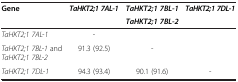
| <ROWSPAN=2> Gene | <ROWSPAN=2> TaHKT2;1 7AL-1 | TaHKT2;1 7BL-1 | <ROWSPAN=2> TaHKT2;1 7DL-1 |
 | TaHKT2;1 7BL-2 |
 | --- | --- | --- | --- |
 | TaHKT2;1 7AL-1 | - |  |  |
 | TaHKT2;1 7BL-1 and TaHKT2;1 7BL-2 | 91.3 (92.5) | - |  |
 | TaHKT2;1 7DL-1 | 94.3 (93.4) | 90.1 (91.6) | - |